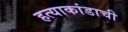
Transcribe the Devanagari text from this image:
हत्याकांडाची